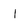
Character: 1